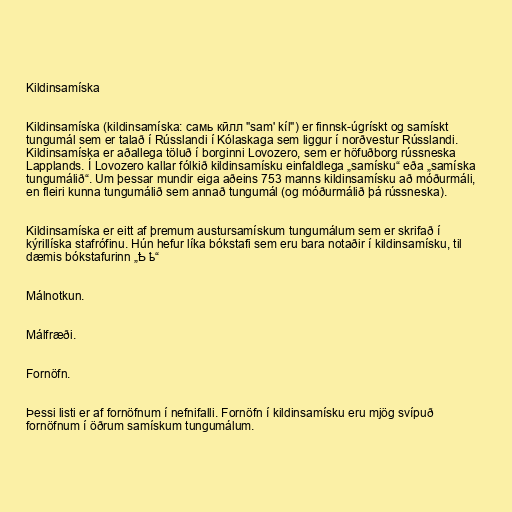
Kildinsamíska

Kildinsamíska (kildinsamíska: самь кӣлл "sam' kíl") er finnsk-úgrískt og samískt
tungumál sem er talað í Rússlandi í Kólaskaga sem liggur í norðvestur Rússlandi.
Kildinsamíska er aðallega töluð í borginni Lovozero, sem er höfuðborg rússneska
Lapplands. Í Lovozero kallar fólkið kildinsamísku einfaldlega „samísku“ eða „samíska
tungumálið“. Um þessar mundir eiga aðeins 753 manns kildinsamísku að móðurmáli,
en fleiri kunna tungumálið sem annað tungumál (og móðurmálið þá rússneska).

Kildinsamíska er eitt af þremum austursamískum tungumálum sem er skrifað í
kýrillíska stafrófinu. Hún hefur líka bókstafi sem eru bara notaðir í kildinsamísku, til
dæmis bókstafurinn „Ҍ ҍ“

Málnotkun.

Málfræði.

Fornöfn.

Þessi listi er af fornöfnum í nefnifalli. Fornöfn í kildinsamísku eru mjög svípuð
fornöfnum í öðrum samískum tungumálum.